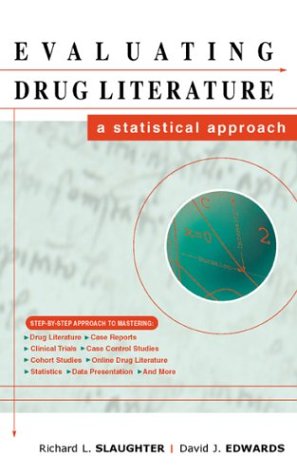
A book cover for Evaluating Drug Literature: A Statistical Approach; Richard L. Slaughter; Medical Books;